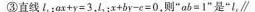
③直线$$l _ { 1 } ：a x + y = 3$$，I _ { 2 }$$ ，l_{2}：$$x + b y - e = 0$$，则”$$a b = I$$”是”I_{1}，\parallel